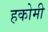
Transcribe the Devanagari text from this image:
हकोमी